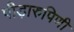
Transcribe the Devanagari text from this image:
पीड़ारुपिणी